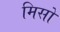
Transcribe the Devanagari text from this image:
मिसों